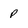
Character: p